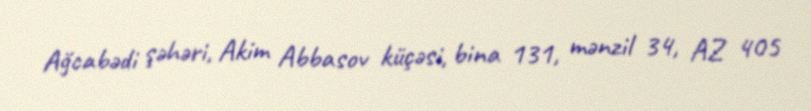
Ağcabədi şəhəri, Akim Abbasov küçəsi, bina 131, mənzil 34, AZ 405